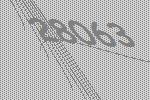
28063